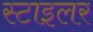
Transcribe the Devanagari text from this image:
स्टाइलर